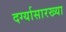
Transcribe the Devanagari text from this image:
दर्ग्यासारख्या